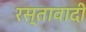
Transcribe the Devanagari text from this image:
रस्तावादी